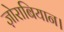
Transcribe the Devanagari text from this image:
ज़ोराबियान।